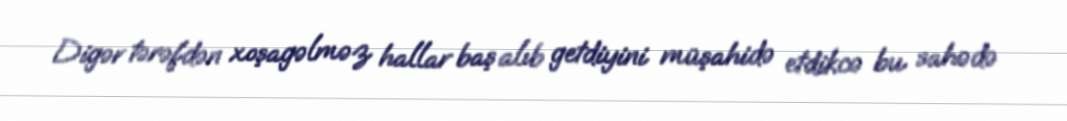
Digər tərəfdən xoşagəlməz hallar baş alıb getdiyini müşahidə etdikcə bu sahədə